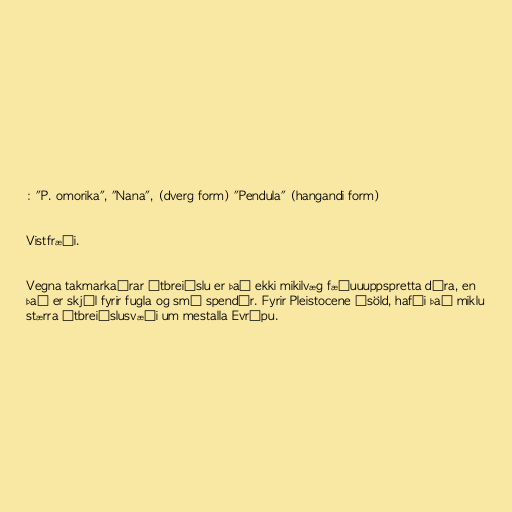
: "P. omorika", "Nana", (dverg form) "Pendula" (hangandi form)

Vistfræði.

Vegna takmarkaðrar útbreiðslu er það ekki mikilvæg fæðuuuppspretta dýra, en
það er skjól fyrir fugla og smá spendýr. Fyrir Pleistocene ísöld, hafði það miklu
stærra útbreiðslusvæði um mestalla Evrópu.